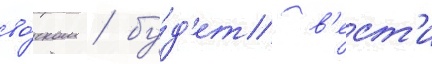
во́ском / бу́д'ет в'ест'и